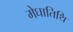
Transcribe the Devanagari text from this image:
मेघातिथि